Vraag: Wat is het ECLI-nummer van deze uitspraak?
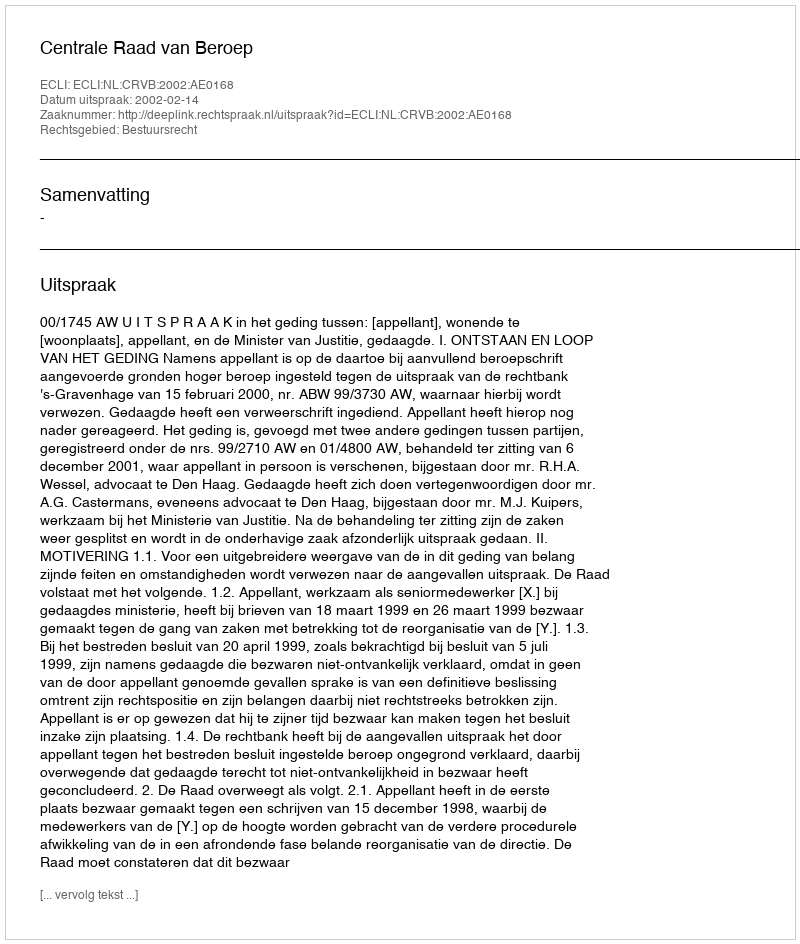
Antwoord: ECLI:NL:CRVB:2002:AE0168